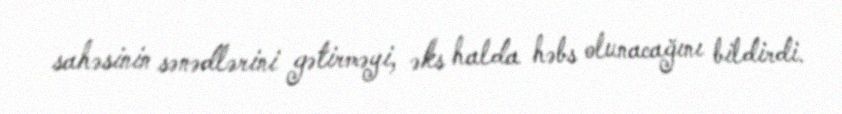
sahəsinin sənədlərini gətirməyi, əks halda həbs olunacağını bildirdi.